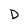
Character: D